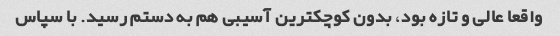
واقعا عالی و تازه بود، بدون کوچکترین آسیبی هم به دستم رسید. با سپاس